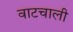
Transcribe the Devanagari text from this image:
वाटचाली